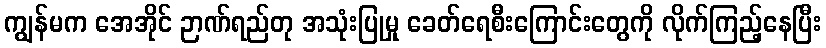
ကျွန်မက အေအိုင် ဉာဏ်ရည်တု အသုံးပြုမှု ခေတ်ရေစီးကြောင်းတွေကို လိုက်ကြည့်နေပြီး